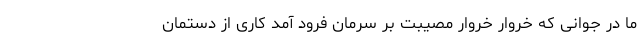
ما در جوانی که خروار خروار مصیبت بر سرمان فرود آمد کاری از دستمان